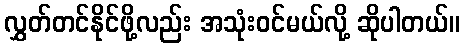
လွှတ်တင်နိုင်ဖို့လည်း အသုံးဝင်မယ်လို့ ဆိုပါတယ်။